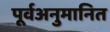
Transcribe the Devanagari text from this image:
पूर्वअनुमानित